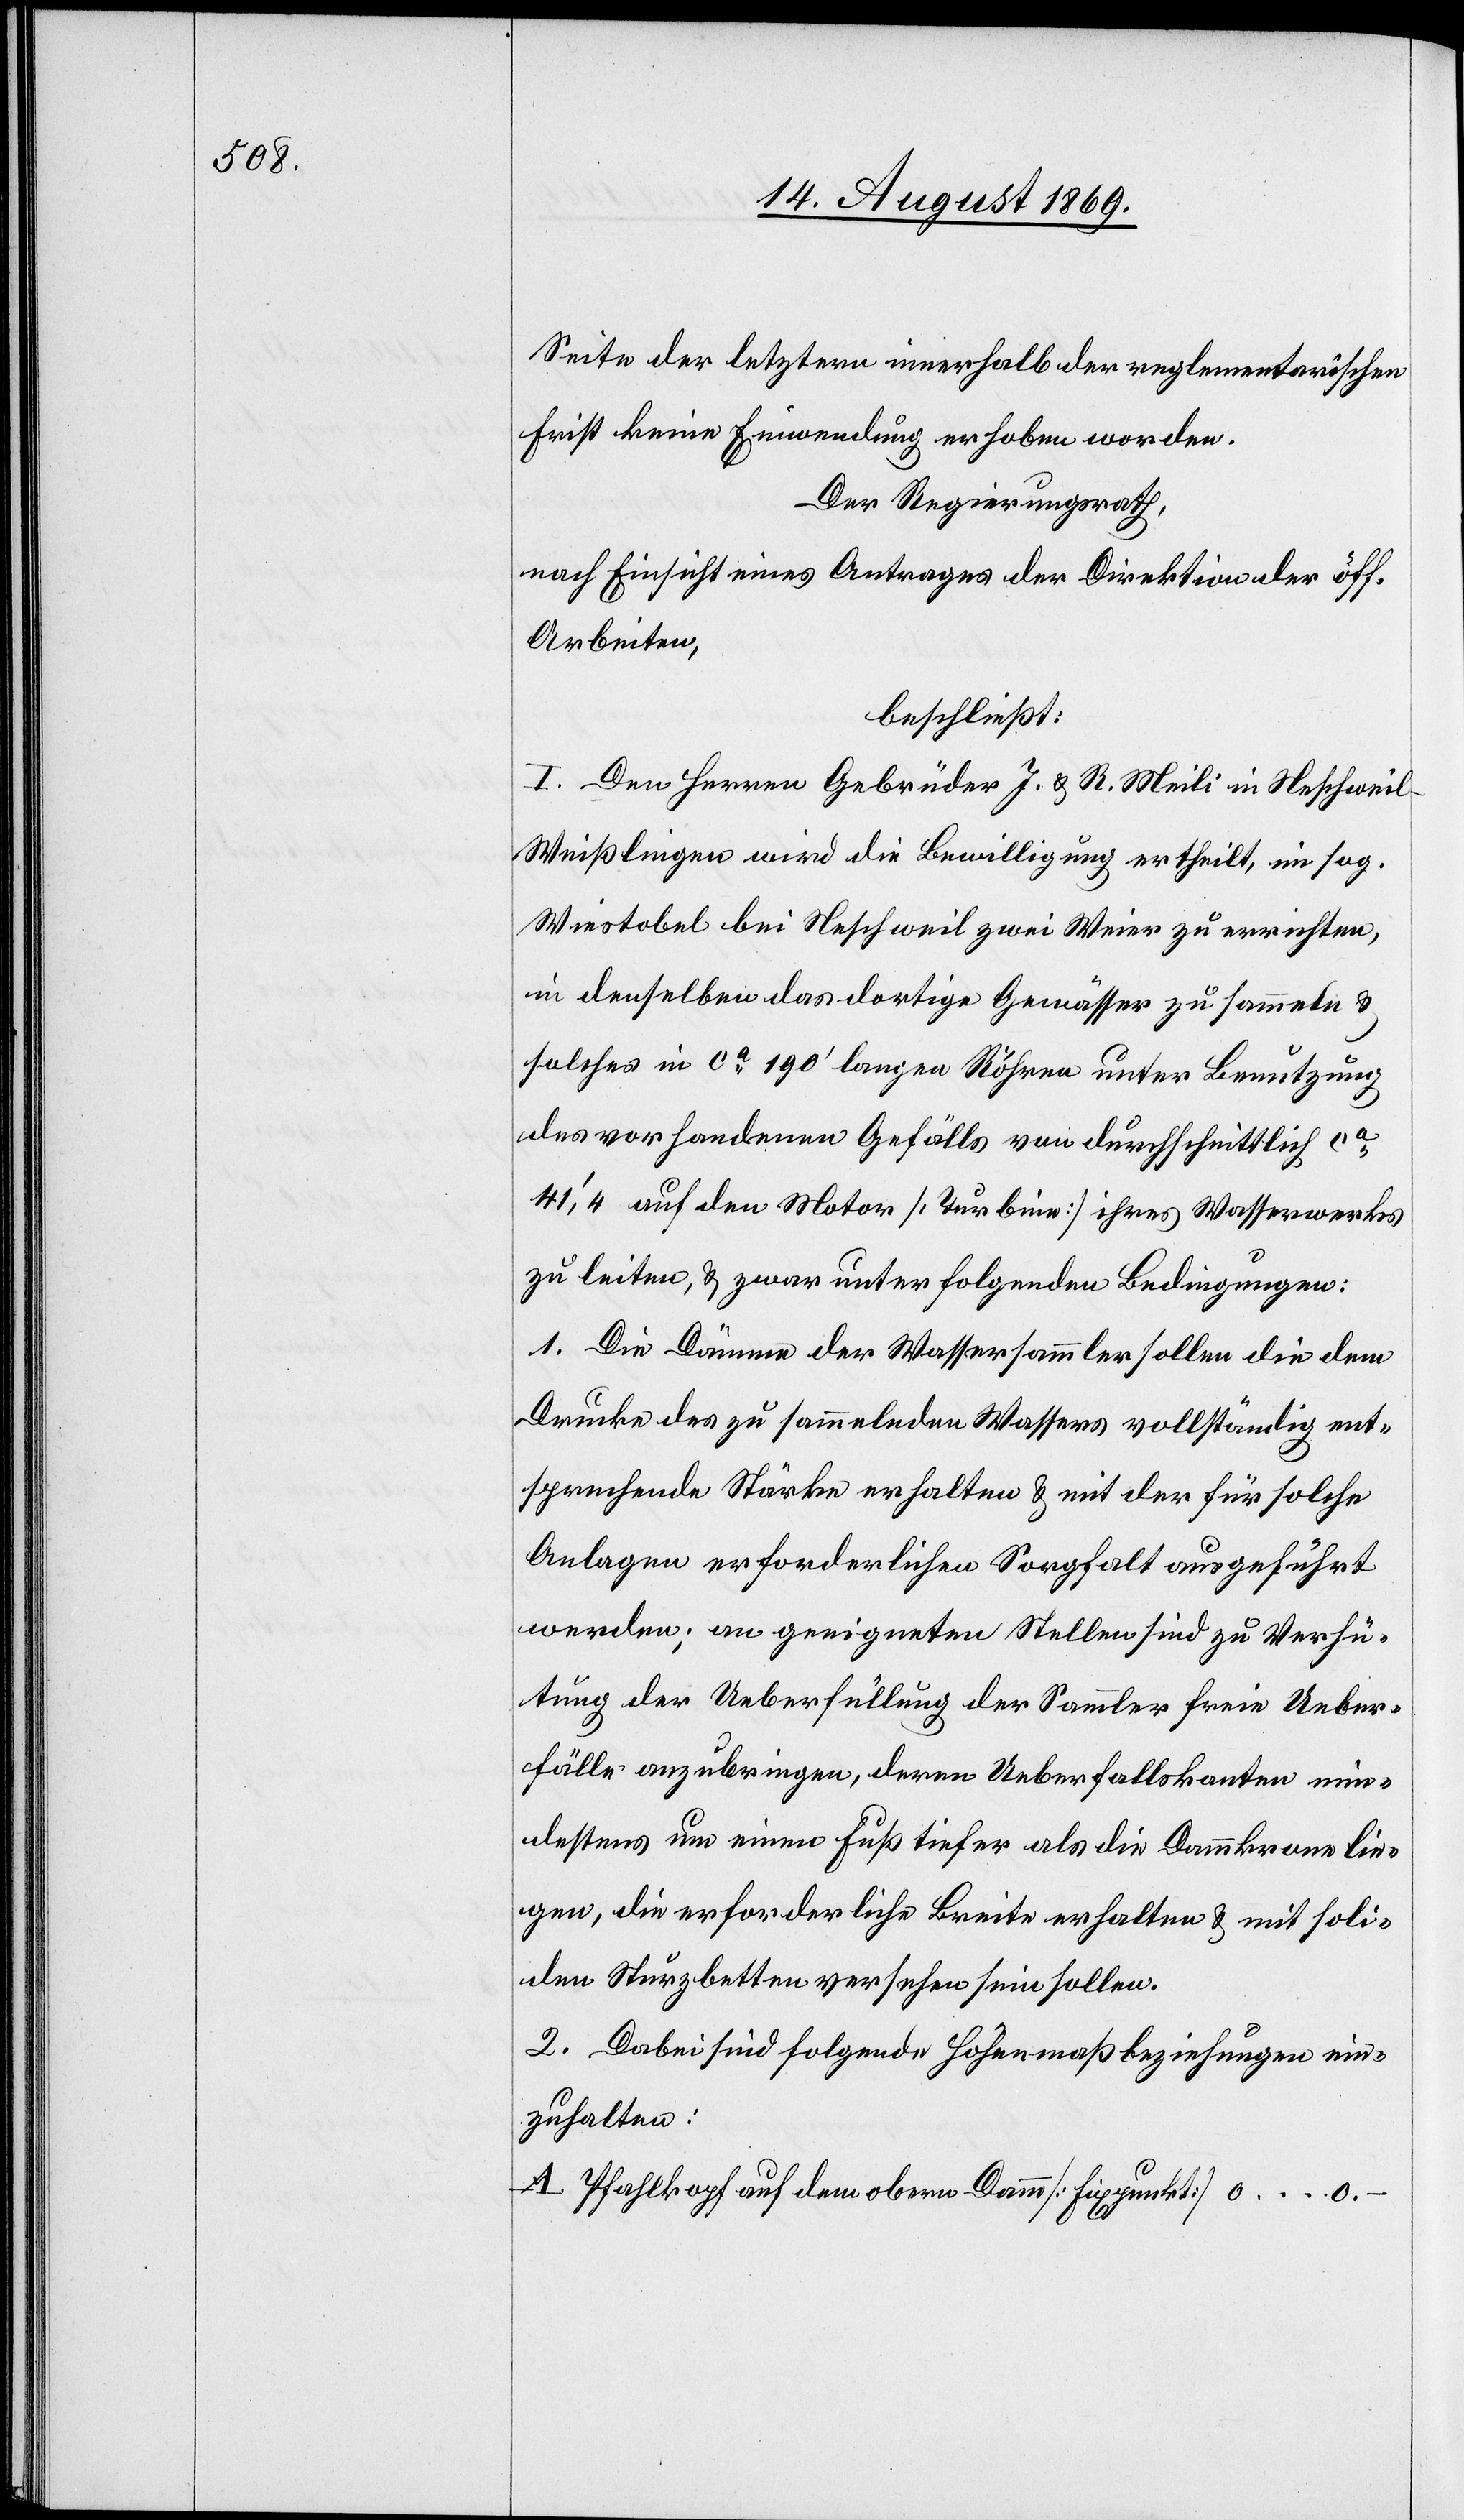
ntlichen

Seite der letztern innerhalb der reglementarischen
Frist keine Einwendung erhoben worden.
Der Regierungsrath,
nach Einsicht eines Antrages der Direktion der öffe¬
Arbeiten,
beschließt:
I. Den Herren Gebrüder J. & R. Meili in Neschweil
Weißlingen wird die Bewilligung ertheilt, im sog.
Wiestobel bei Neschweil zwei Weier zu errichten,
in denselben das dortige Gewässer zu sammeln &
solches in ca 190‘ langen Röhren unter Benutzung
des vorhandenen Gefälls von durchschnittlich ca
41‘,4 auf den Motor [Turbine] ihres Wasserwerks
zu leiten, & zwar unter folgenden Bedingungen:
1. Die Dämme der Wassersammler sollen die dem
Drucke des zu sammelnden Wassers vollständig ent¬
sprechende Stärke erhalten & mit der für solche
Anlagen erforderlichen Sorgfalt ausgeführt
werden; an geeigneten Stellen sind zu Verhü¬
tung der Ueberfüllung der Sammler freie Ueber¬
fälle anzubringen, deren Ueberfallskanten min¬
destens um einen Fuß tiefer als die Dammkrone lie¬
gen, die erforderliche Breite erhalten & mit soli¬
den Sturzbetten versehen sein sollen.
2. Dabei sind folgende Höhenmaßbeziehungen ein¬
zuhalten:
A. Pfahlkopf auf dem obern Damm [Fixpunkt] 0